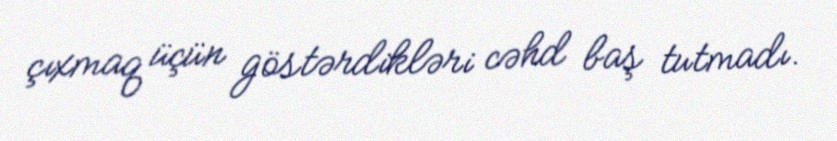
çıxmaq üçün göstərdikləri cəhd baş tutmadı.